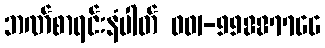
ဘဏ်စာရင်းနံပါတ် 001-99887766